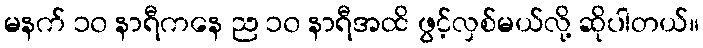
မနက် ၁၀ နာရီကနေ ည ၁၀ နာရီအထိ ဖွင့်လှစ်မယ်လို့ ဆိုပါတယ်။